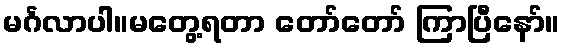
မင်္ဂလာပါ။မတွေ့ရတာ တော်တော် ကြာပြီနော်။